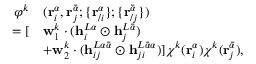
\begin{array} { r l r } { \varphi ^ { k } } & { ( \mathbf { r } _ { i } ^ { \alpha } , \mathbf { r } _ { j } ^ { \bar { \alpha } } ; \{ \mathbf { r } _ { / i } ^ { \alpha } \} ; \{ \mathbf { r } _ { / j } ^ { \bar { \alpha } } \} ) } & \\ { = [ } & { \mathbf { w } _ { 1 } ^ { k } \cdot ( \mathbf { h } _ { i } ^ { L \alpha } \odot \mathbf { h } _ { j } ^ { L \bar { \alpha } } ) } \\ & { + \mathbf { w } _ { 2 } ^ { k } \cdot ( \mathbf { h } _ { i j } ^ { L \alpha \bar { \alpha } } \odot \mathbf { h } _ { j i } ^ { L \bar { \alpha } \alpha } ) ] \chi ^ { k } ( \mathbf { r } _ { i } ^ { \alpha } ) \chi ^ { k } ( \mathbf { r } _ { j } ^ { \bar { \alpha } } ) , } \end{array}